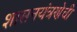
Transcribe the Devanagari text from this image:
शासनयंत्रणेची